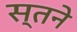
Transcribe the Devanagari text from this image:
स्तने